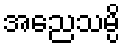
အညေသမ္ပိ